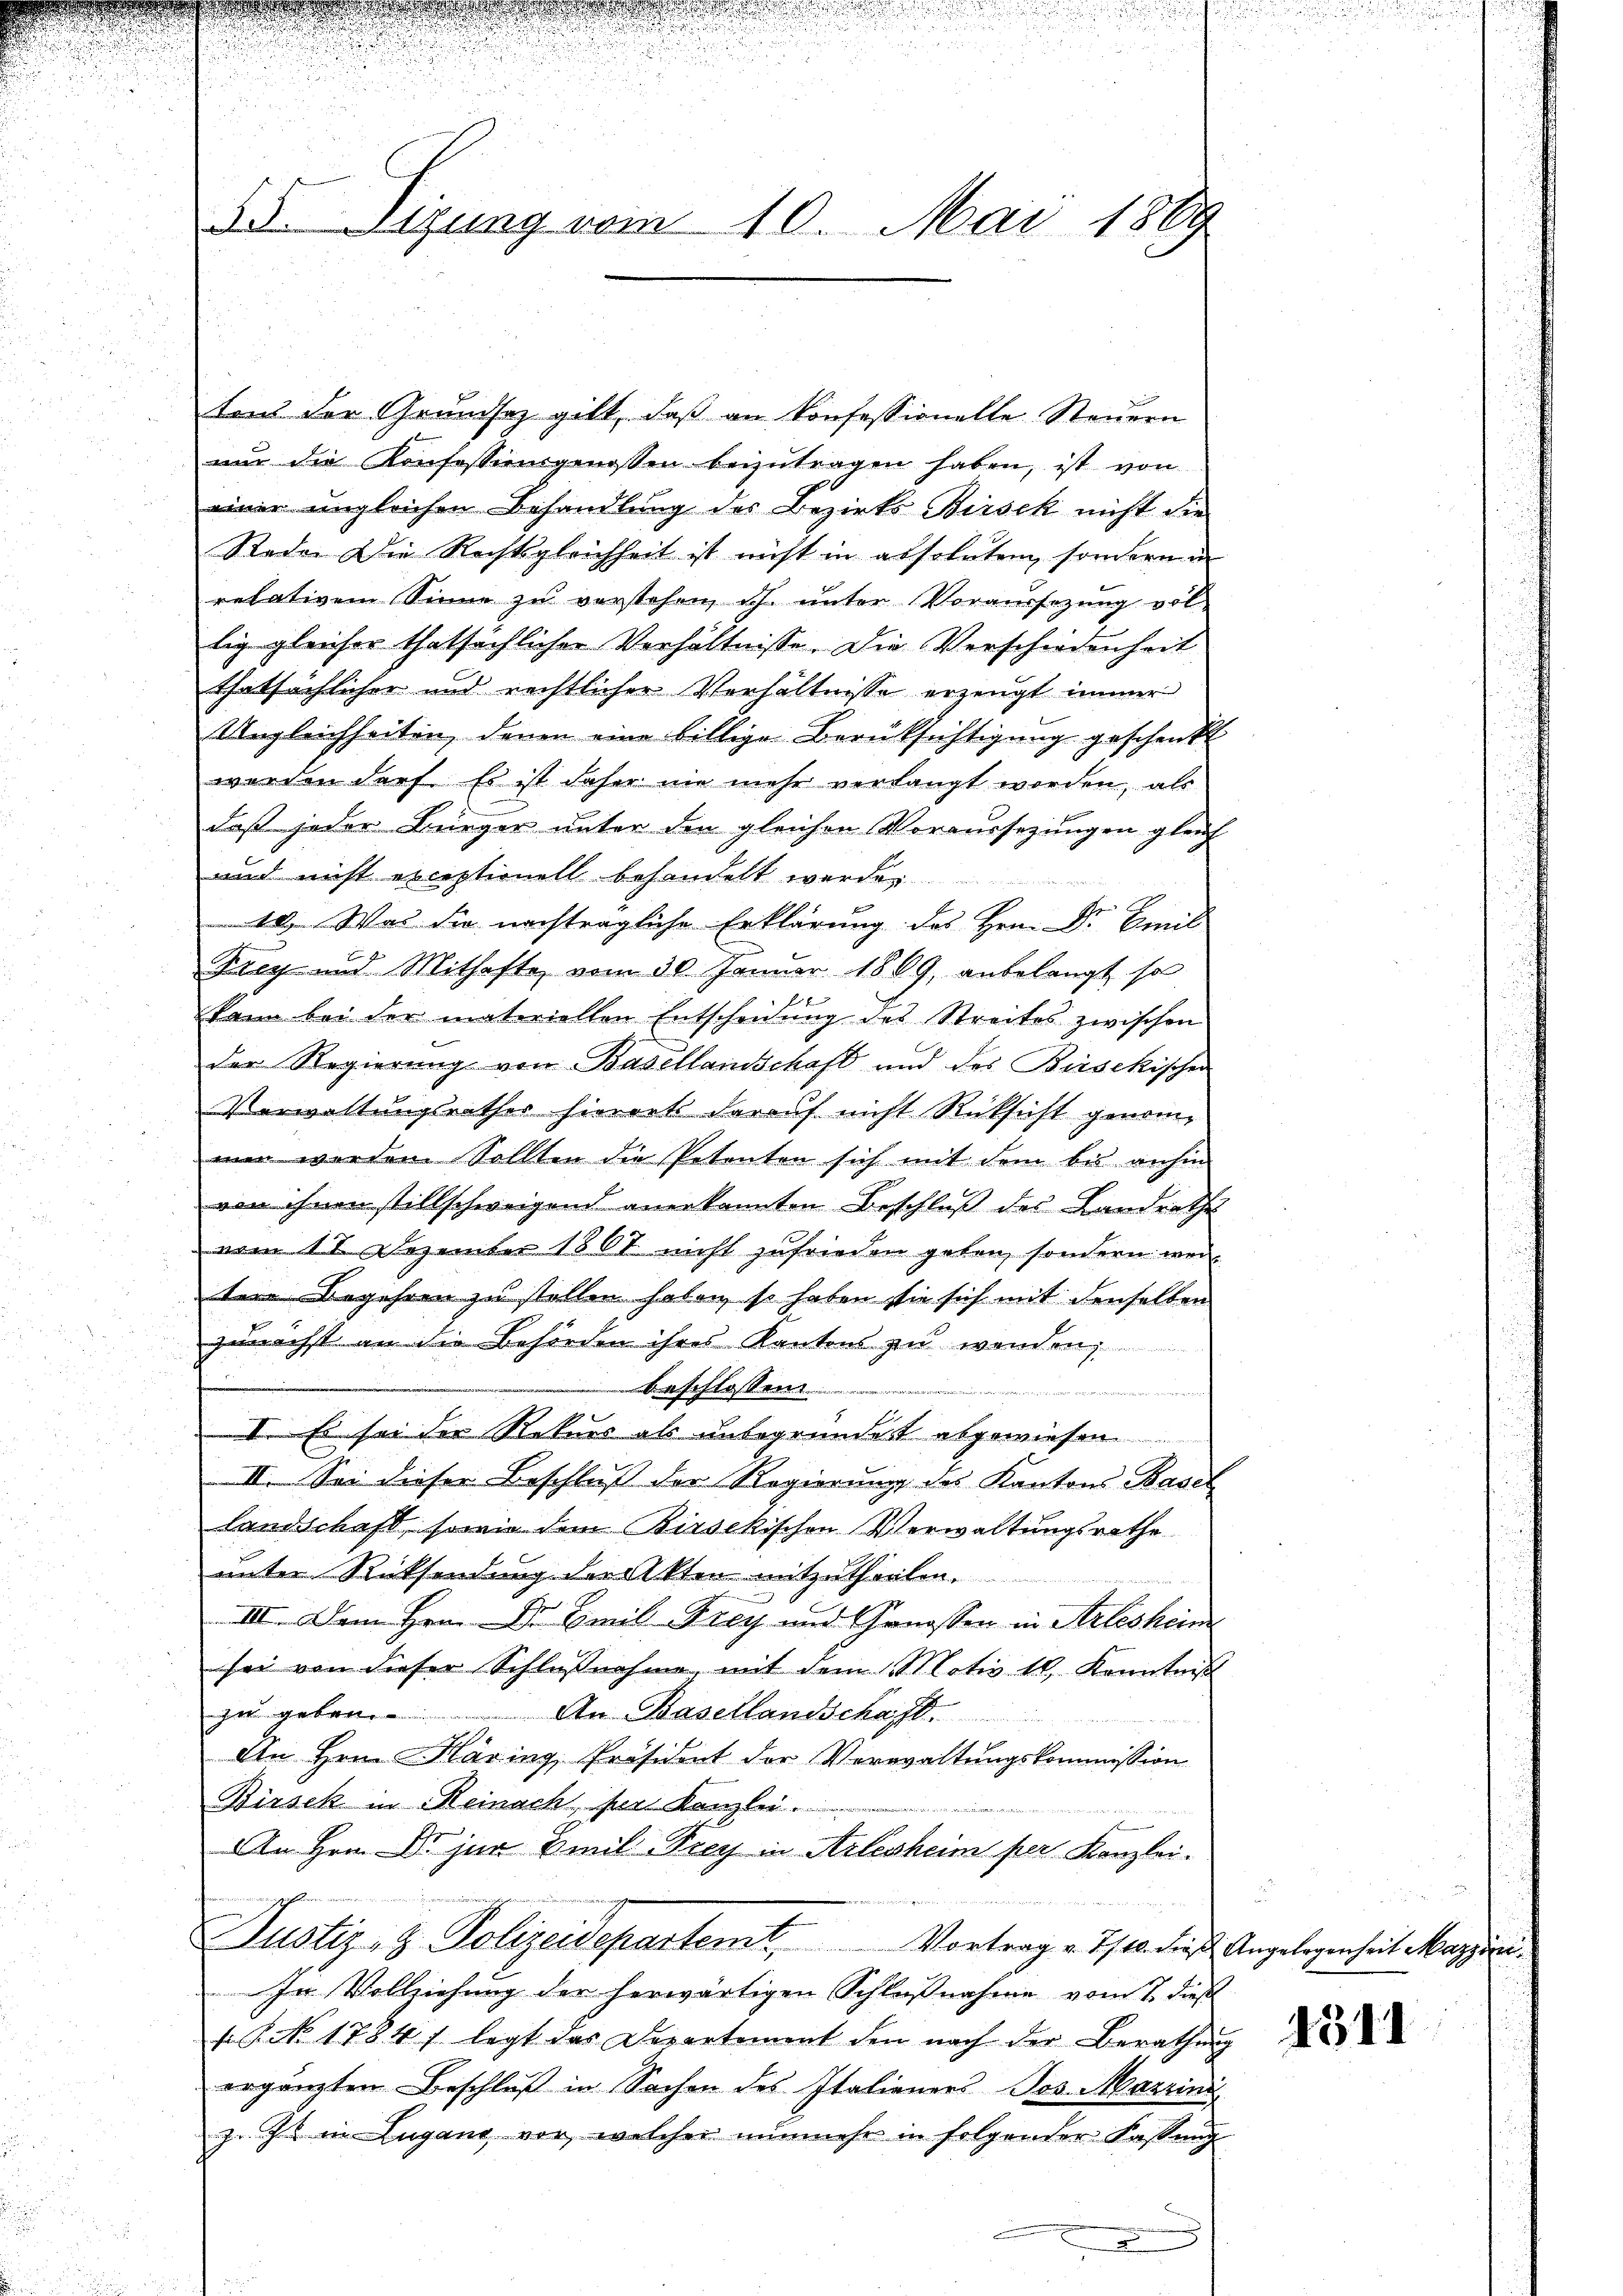
35. Sizung vom 10. Mai 1889

u
n

tens der Grundsaz gibt, daβ an Konfessionelle Steŭern
nŭr die Konfessionsgenossen beizŭtragen haben, ist von
einer ungleichen Behandlung des Bezirks Birsek nicht die
Rade. Die Rechtsgleichheit ist nicht in absoluten, sondern in
relativem Sinne zu verstehen, ich. unter Voraussetzung vol-
lig gleicher thatsächlicher Verhältnisse. Die Verschiedenheit
thatsächlicher und rechtlicher Verhältnisse erzeugt immer
Ungleichheiten, denen eine billige Berüksichtigung geschenkt
werden darf. Es ist daher nie mehr verlangt worden, als
daß jeder Bürger unter den gleichen Voraussezungen gleich
und nicht exceptionell behandelt werde
10). Was die nachträgliche Erklärung des Hrn. Dr Emil
Krey und Mithafte vom 30. Januar 1889, anbelangt so
kann bei der materiellen Entscheidung des Streites zwischen
der Regierung von Basellanschaft und des Bisekischen
Verwaltungsrathes hierorts darauf nicht Rücksicht genommen werden. Sollten die Petenten sich mit dem bis anhin
von ihnen stillschweigend anerkannten Beschluß des Landrathes
vom 11 Dezember 1867 nicht zufrieden geben, sondern weil
ter Begehren zu stellen haben, so haben sie sich mit denselben
zunächst an die Behörden ihres Kantons zu wenden,
beschlossen.
.
I. Es sei der Rekurs als unbegründet abgewiesen
II. Sei dieser Beschluß der Regierung des Kantons Basel
Landschaft, sowie dem Birsekischen Verwaltungsrathe
unter Rücksendung der Akten mitzutheilen.
III. Dem Hrn. Dr Emil Frey und Genossen in Arlesheim
sei von dieser Schlußnahme, mit dem Motiv 10. Kenntniß
gegeben,
An Basellandschaft.
An Hrn. Häring, Präsident der Verwaltungskommission
Birsek in Reinach, den Kanzlei.
An Hrn. Er zur Emil Frey in Arlesheim per Kanzlei-
Justiz- & Polizeidepartemt. Vortrag v. Ist die Angelegenheit Magya
In Vollziehung der herwärtigen Schlußnahme vom 7. dieß
. R. No. 1784 f. legt das Departement den nach der Berathŭng
ergänzten Beschluß in Sachen des Italieners Jos. Marrini
z. Zt. in Lugano vor, welcher nunmehr in folgender Fassung

4511